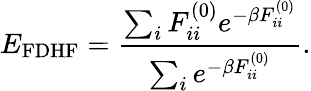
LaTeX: E_{\mathrm{FDHF}}=\frac{\sum_{i}F_{ii}^{(0)}e^{-\beta F_{ii}^{(0)}}}{\sum_{i}e^{-\beta F_{ii}^{(0)}}}.